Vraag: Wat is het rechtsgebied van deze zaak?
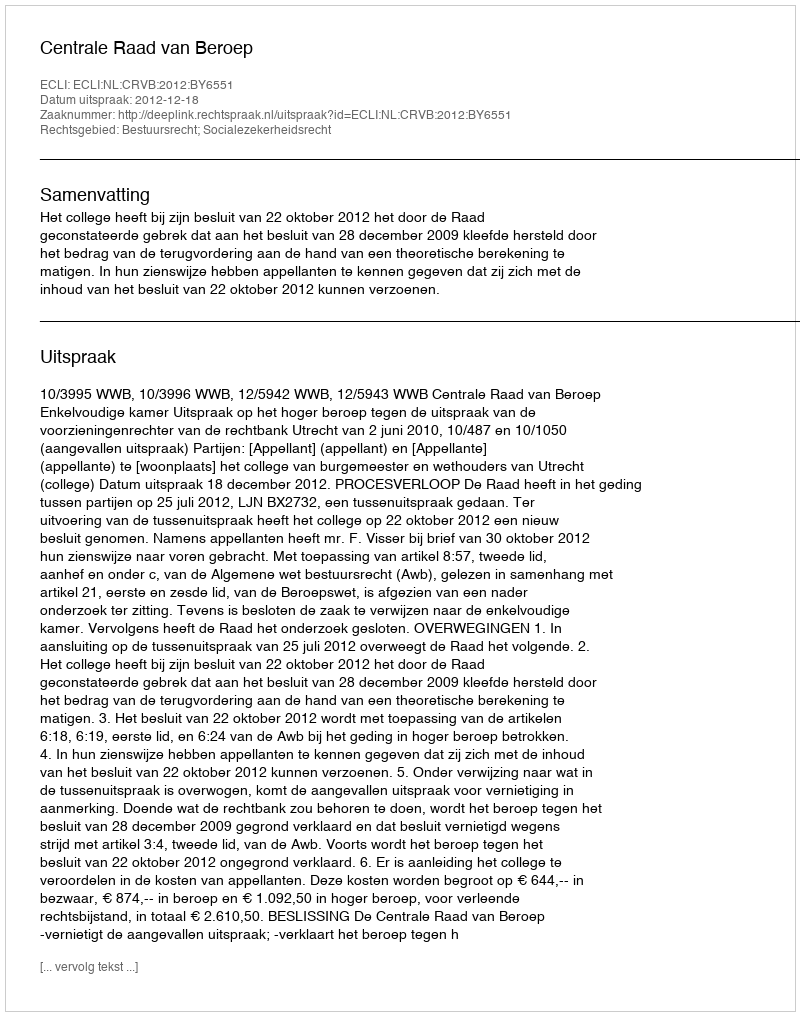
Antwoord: Bestuursrecht; Socialezekerheidsrecht